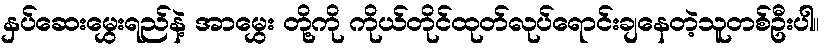
နှပ်ဆေးမွှေးရည်နဲ့ အာမွှေး တို့ကို ကိုယ်တိုင်ထုတ်လုပ်ရောင်းချနေတဲ့သူတစ်ဦးပါ။